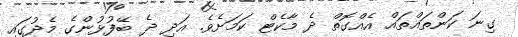
ގިނަ ކަންތައްތައް އެއްގޮތް ދެ މާކެޓް ކަމަށެވެ. އަދި ދެ ބޭފުޅުންގެ މެދުގައި